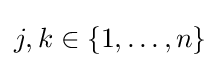
j,k\in \{1,\ldots ,n\}